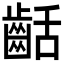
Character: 𪗽